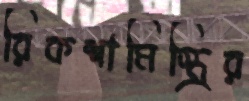
রিকশামিস্ত্রির